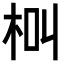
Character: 𣐲